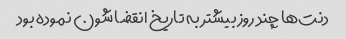
دنت‌ها چند روز بیشتر به تاریخ انقضا شون نموده بود